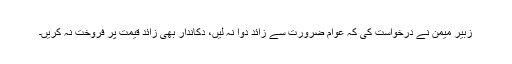
زبیر میمن نے درخواست کی کہ عوام ضرورت سے زائد دوا نہ لیں، دکاندار بھی زائد قیمت پر فروخت نہ کریں۔